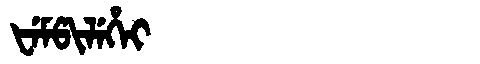
Manchu: ᡶᡝᠮᡦᡳᠯᡝᡥᡝᡳ
Romanization: FEMPILEHEI